Annual report on the Civil Veterinary Department, Burma (including the Insein Veterinary School) - 1910-1922
Year: 1910
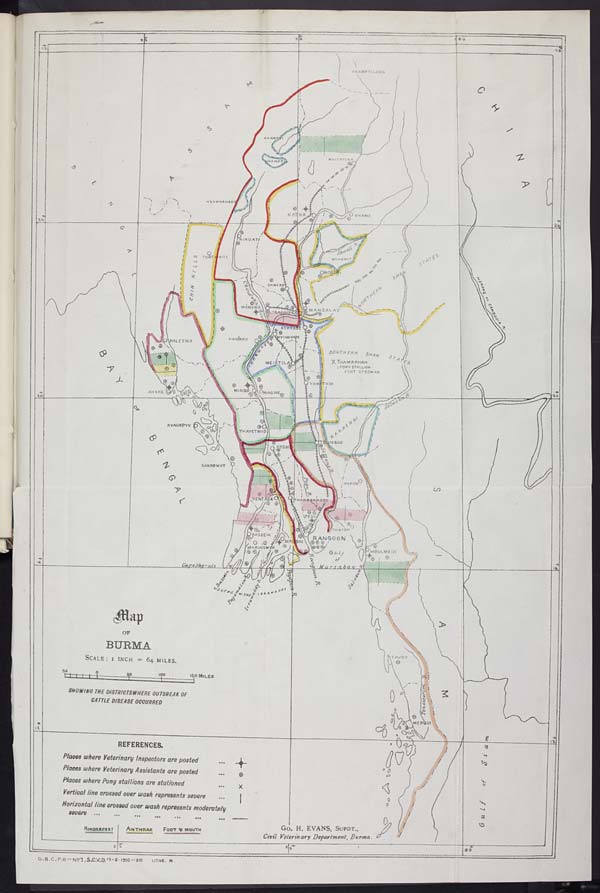
NLSTO
INSERT COLOUR